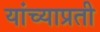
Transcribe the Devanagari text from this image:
यांच्याप्रती